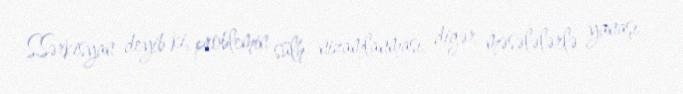
S.Sərkisyan deyib ki, problemin sülh nizamlanması, digər məsələlərlə yanaşı,